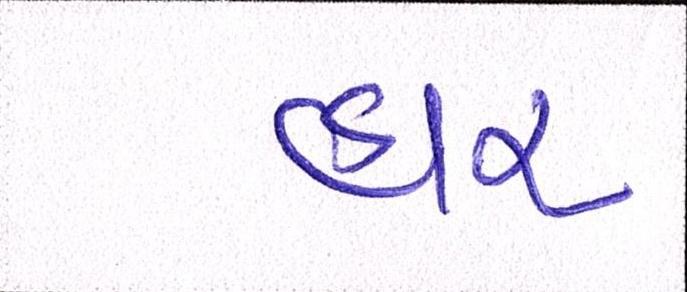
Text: હાર